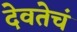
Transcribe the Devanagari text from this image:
देवतेचं